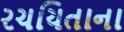
રચયિતાના